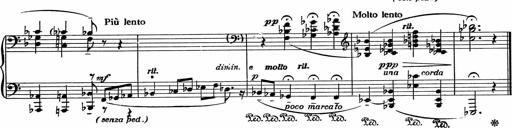
Title: 3Ã¨me Sonatine
Composer: Raffaele d' Alessandro